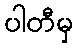
ပါတီမှ